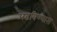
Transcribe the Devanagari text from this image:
अडविण्यास